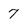
Character: 7